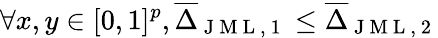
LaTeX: \forall x,y\in[0,1]^{p},\overline{{\Delta}}_{\mathrm{~J~M~L~,~1~}}\leq\overline{{\Delta}}_{\mathrm{~J~M~L~,~2~}}